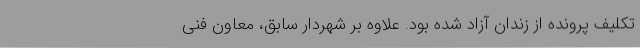
تکلیف پرونده از زندان آزاد شده بود. علاوه بر شهردار سابق، معاون فنی